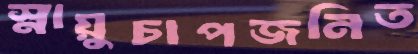
স্নায়ুচাপজনিত